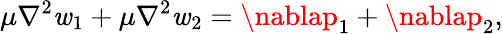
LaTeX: \mu\nabla^{2}\mathit{w}_{1}+\mu\nabla^{2}\mathit{w}_{2}=\nablap_{1}+\nablap_{2},